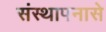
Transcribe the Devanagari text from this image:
संस्थापनासे